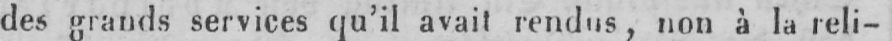
des grands services qu’il avait rendus, non à la reli-